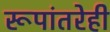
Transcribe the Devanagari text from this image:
रूपांतरेही